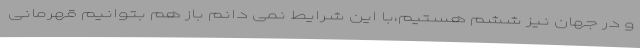
و در جهان نیز ششم هستیم،با این شرایط نمی دانم باز هم بتوانیم قهرمانی